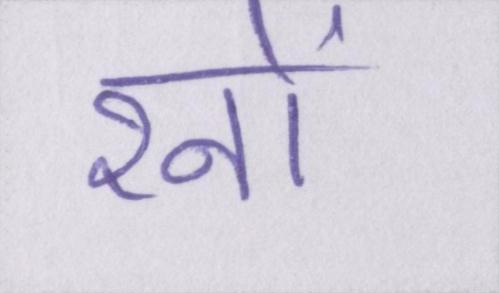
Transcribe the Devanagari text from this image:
रनों